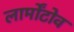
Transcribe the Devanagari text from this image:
लार्मोंटोव